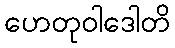
ဟေတုဝါဒေါတိ